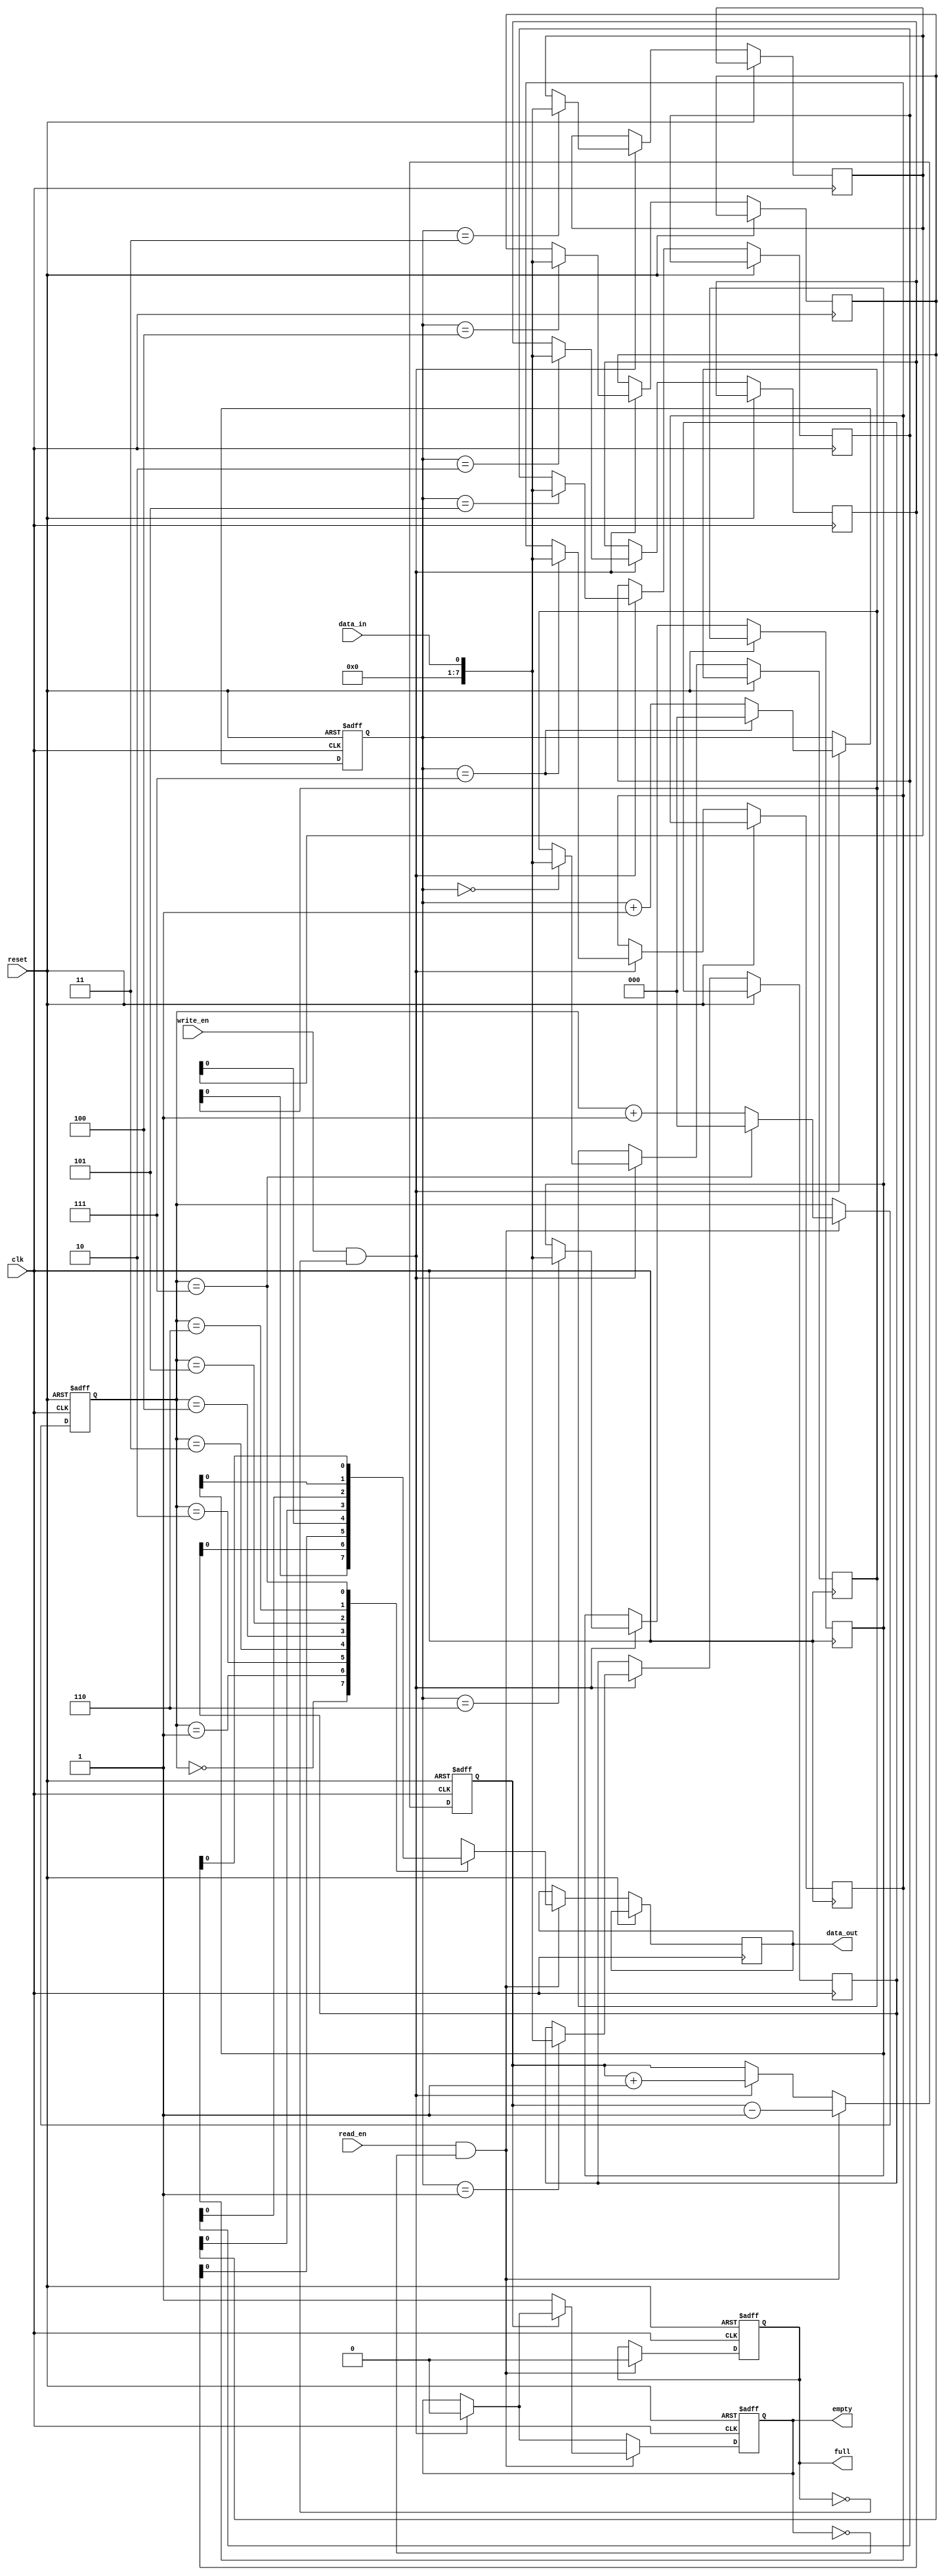
module CircularFIFO (
  input clk,
  input reset,
  input data_in,
  input write_en,
  input read_en,
  output reg data_out,
  output reg full,
  output reg empty
);

parameter BUFFER_SIZE = 8; // Fixed number of data values to store

reg [7:0] buffer [0:BUFFER_SIZE-1];
reg [2:0] write_ptr;
reg [2:0] read_ptr;
reg count;

always @(posedge clk or posedge reset) begin
  if (reset) begin
    write_ptr <= 3'b000;
    read_ptr <= 3'b000;
    count <= 0;
    full <= 0;
    empty <= 1;
  end else begin
    if (write_en && !full) begin
      buffer[write_ptr] <= data_in;
      write_ptr <= (write_ptr == 3'b111) ? 3'b000 : write_ptr + 1;
      count <= count + 1;
      empty <= 0;
      if (count == BUFFER_SIZE) full <= 1;
    end
    if (read_en && !empty) begin
      data_out <= buffer[read_ptr];
      read_ptr <= (read_ptr == 3'b111) ? 3'b000 : read_ptr + 1;
      count <= count - 1;
      full <= 0;
      if (count == 0) empty <= 1;
    end
  end
end

endmodule